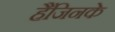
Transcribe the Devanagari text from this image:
हैंजिनके